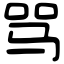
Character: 骂